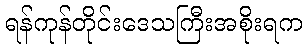
ရန်ကုန်တိုင်းဒေသကြီးအစိုးရက